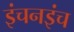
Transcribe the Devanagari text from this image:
इंचनइंच